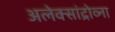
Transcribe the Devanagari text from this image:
अलेक्सांद्रोव्ना